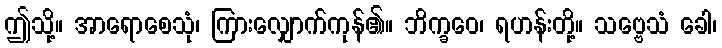
ဤသို့။ အာရောစေသုံ၊ ကြားလျှောက်ကုန်၏။ ဘိက္ခဝေ၊ ရဟန်းတို့။ သဗ္ဗေသံ ခေါ၊